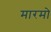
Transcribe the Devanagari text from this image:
मारमो